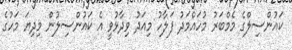
ކައުންސިލްގެ މެމްބަރު މުހައްމަދު ފަލާހު މިއަދު ވިދާޅުވީ އެ ކައުންސިލުން މިދިޔަ މަހުގެ